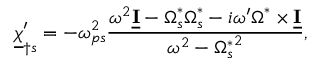
\underline { { \boldsymbol \chi } } _ { \dagger s } ^ { \prime } = - \omega _ { p s } ^ { 2 } \frac { \omega ^ { 2 } \underline { { \mathbf I } } - \boldsymbol \Omega _ { s } ^ { * } \boldsymbol \Omega _ { s } ^ { * } - i \omega ^ { \prime } \boldsymbol \Omega ^ { * } \times \underline { { \mathbf I } } } { \omega ^ { 2 } - { \Omega _ { s } ^ { * } } ^ { 2 } } ,